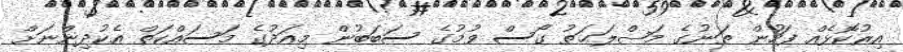
އިރުކޮޅެއް ފަހުން ތަނުގެ މަޞްލަޙަތު ގޯސް ވުމުގެ ސަބަބުން މިއަދުގެ މަސައްކަތް އެކުދިންނަށް